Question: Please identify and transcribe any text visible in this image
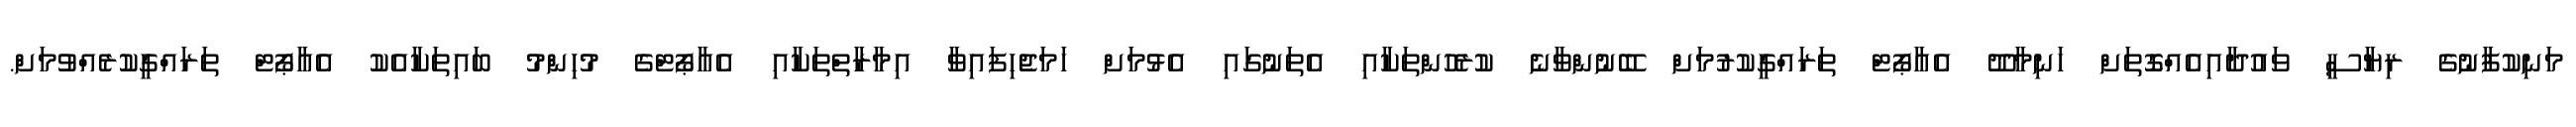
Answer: މަނިކުފާނުގެ ރިޔާސީ ވައުދާއިއެއްގޮތަށް ހަނިމާދޫ އެއާޕޯޓް ތަރައްގީކުރުމަށް ބޭނުންވާނެ ކުރެހުންތަކާއި އެތަނުގައި އެޅުމަށް ހަމަޖެހިފައިވާ އިމާރާތްތަކާއި އެއާޕޯޓްގެ މުހިންމު ބައިތަކާއެކު އެއާޕޯޓް ތަރައްގީކުރެއްވުމަށް.